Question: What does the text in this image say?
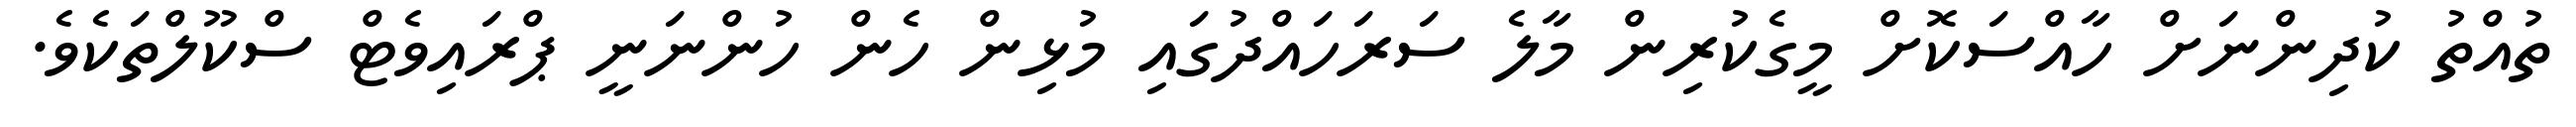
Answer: ތުއްތު ކުދިންނަށް ހާއްސަކޮށް މީގެކުރިން މާލެ ސަރަހައްދުގައި މުޅިން ހެން ހުންނަނީ ޕްރައިވެޓް ސްކޫލްތަކެވެ.